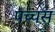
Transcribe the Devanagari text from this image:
पच्चस